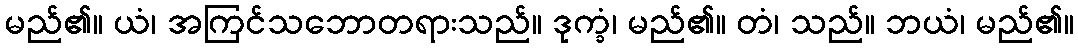
မည်၏။ ယံ၊ အကြင်သဘောတရားသည်။ ဒုက္ခံ၊ မည်၏။ တံ၊ သည်။ ဘယံ၊ မည်၏။